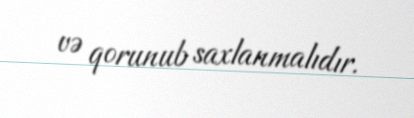
və qorunub saxlanmalıdır.